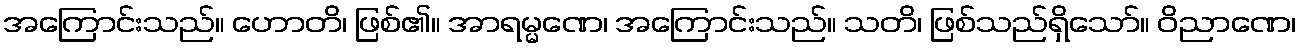
အကြောင်းသည်။ ဟောတိ၊ ဖြစ်၏။ အာရမ္မဏေ၊ အကြောင်းသည်။ သတိ၊ ဖြစ်သည်ရှိသော်။ ဝိညာဏေ၊